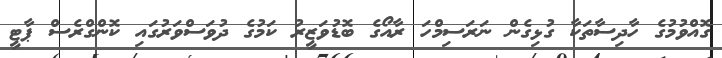
ގޮއްވުމުގެ ހާދިސާތަކާ ގުޅިގެން ނަރަސިމްހަ ރާއޯގެ ބޮޑުވަޒީރު ކަމުގެ ދުވަސްވަރުގައި ކޮންގްރެސް ޕާޓީ